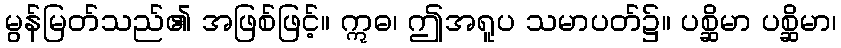
မွန်မြတ်သည်၏ အဖြစ်ဖြင့်။ ဣဓ၊ ဤအရူပ သမာပတ်၌။ ပစ္ဆိမာ ပစ္ဆိမာ၊